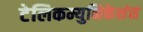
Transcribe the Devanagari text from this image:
टेलिकम्युनिकेशंस